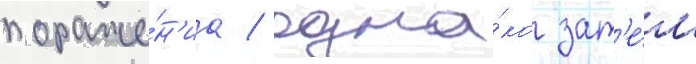
пораже́н'иа / одна́ко зат'е́м